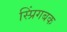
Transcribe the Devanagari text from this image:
स्प्रिंगबक